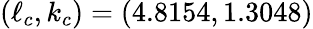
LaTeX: (\ell_{c},k_{c})=(4.8154,1.3048)